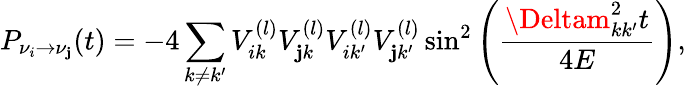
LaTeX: P_{\nu_{i}\rightarrow\nu_{\mathbf{j}}}(t)=-4\sum_{k\not{=}k^{\prime}}V_{ik}^{(l)}V_{\mathbf{j}k}^{(l)}V_{ik^{\prime}}^{(l)}V_{\mathbf{j}k^{\prime}}^{(l)}\sin^{2}\left({\frac{{\Deltam_{kk^{\prime}}^{2}t}}{{4E}}}\right),